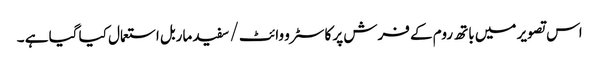
اس تصویر میں باتھ روم کے فرش پر کاسٹرو وائٹ / سفید ماربل استعمال کیا گیا ہے ۔